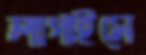
লাগাইসে